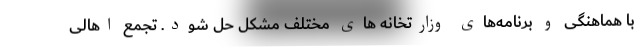
با هماهنگی‌ و برنامه‌های وزارتخانه های مختلف مشکل حل شود. تجمع اهالی